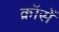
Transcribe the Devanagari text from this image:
क्रॉसें